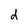
Character: d